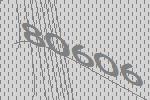
80606